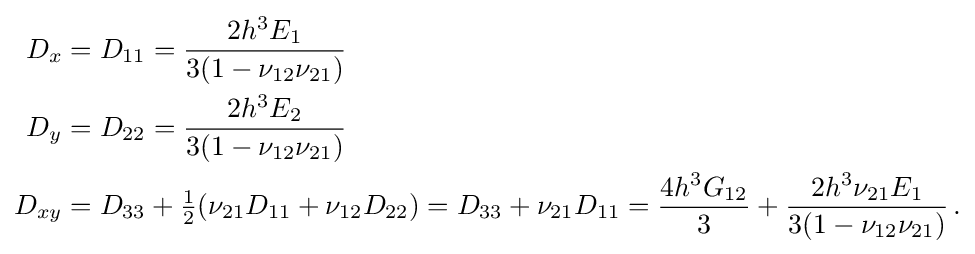
{\begin{aligned}D_{x}&=D_{11}={\frac {2h^{3}E_{1}}{3(1-\nu _{12}\nu _{21})}}\\D_{y}&=D_{22}={\frac {2h^{3}E_{2}}{3(1-\nu _{12}\nu _{21})}}\\D_{xy}&=D_{33}+{\tfrac {1}{2}}(\nu _{21}D_{11}+\nu _{12}D_{22})=D_{33}+\nu _{21}D_{11}={\frac {4h^{3}G_{12}}{3}}+{\frac {2h^{3}\nu _{21}E_{1}}{3(1-\nu _{12}\nu _{21})}}\,.\end{aligned}}